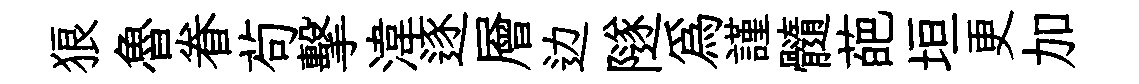
狼魯眷茍擊湋逐層边隧爲謹髓葩垣更加